Eesti_Rahvusfond, lk 120
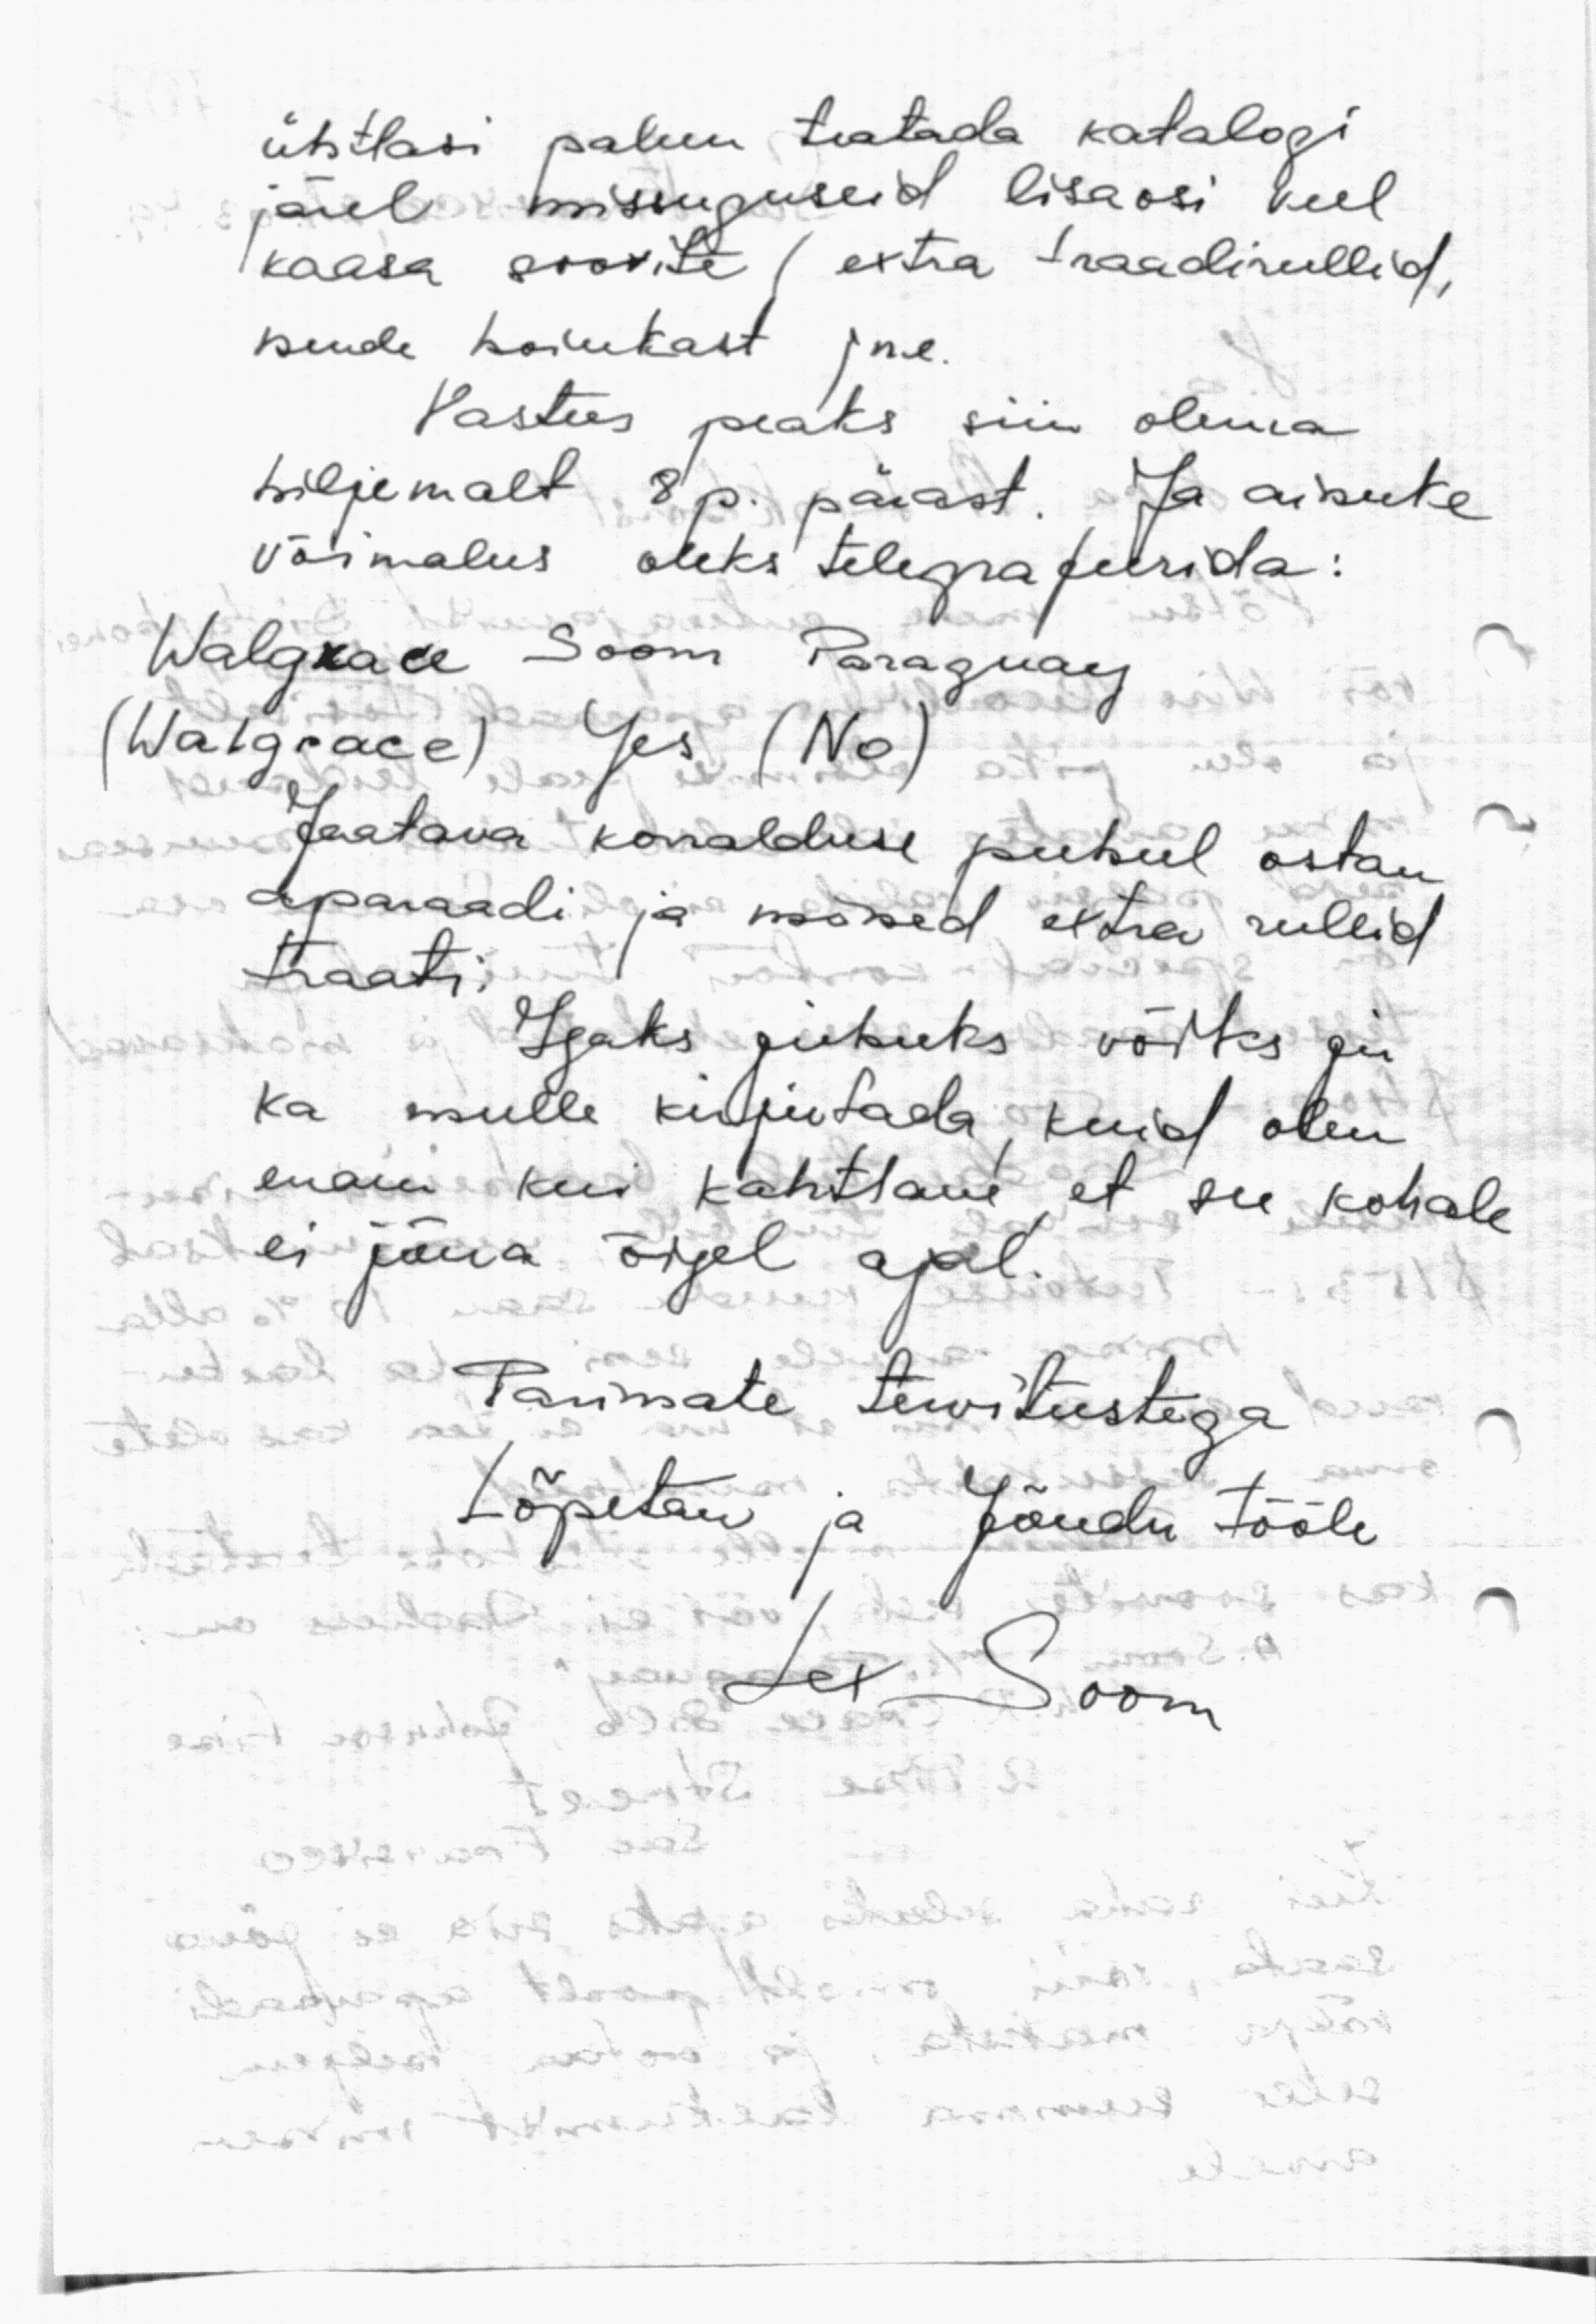
ühtlasi palun teatada katalogi
järel missuguseid lisaosi veel
kaasa soovite (extra traadirullid,
nende hoiukast jne.
Vastus peaks siin olema
hiljemalt 8 p. pärast. Ja ainuke
võimalus oleks telegrafeerida:
Walgrace Soom Paraguay
(Walgrace) Yes (No)
Jaatava korralduse puhul ostan
aparaadi ja mõned extra rullid
traati.
Igaks juhuks võiks ju
ka mulle kirjutada, kuid olen
enam kui kahtlane, et see kohale
ei jõua õigel ajal.

Parimate terwitustega
Lõpetan ja Jõudu tööle

Lex Soom